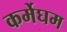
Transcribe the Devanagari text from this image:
कर्मेघम